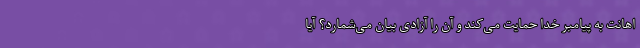
اهانت به پیامبر خدا حمایت می‌کند و آن را آزادی بیان می‌شمارد؟ آیا